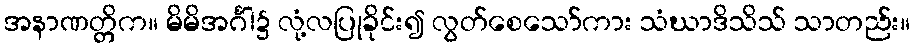
အနာဏတ္တိက။ မိမိအင်္ဂါ၌ လုံ့လပြုခိုင်း၍ လွတ်စေသော်ကား သံဃာဒိသိသ် သာတည်း။